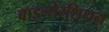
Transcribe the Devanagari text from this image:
बाइलोरशियन